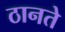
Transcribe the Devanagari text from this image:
ठानते